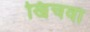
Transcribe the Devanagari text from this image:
खिंचवा